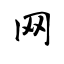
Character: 网